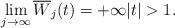
LaTeX: \begin{align*}\lim_{j\to \infty}{\overline{W}_j(t)}=+\infty |t|>1.\end{align*}